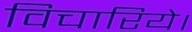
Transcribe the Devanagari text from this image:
विचारिये।